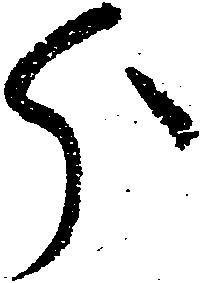
分